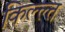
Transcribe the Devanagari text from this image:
किल्ल्त